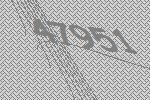
47951